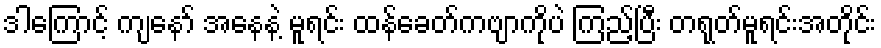
ဒါကြောင့် ကျနော် အနေနဲ့ မူရင်း ထန်ခေတ်ကဗျာကိုပဲ ကြည့်ပြီး တရုတ်မူရင်းအတိုင်း